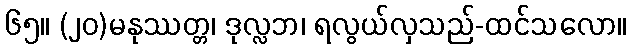
၆၅။ (၂၀)မနုဿတ္တ၊ ဒုလ္လဘ၊ ရလွယ်လှသည်-ထင်သလော။